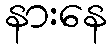
နားနေ